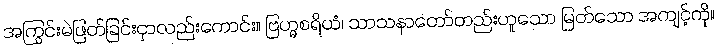
အကြွင်းမဲဖြတ်ခြင်းငှာလည်းကောင်း။ ဗြဟ္မစရိယံ၊ သာသနာတော်တည်းဟူသော မြတ်သော အကျင့်ကို။